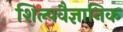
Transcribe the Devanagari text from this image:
शिल्पवैज्ञानिक